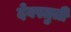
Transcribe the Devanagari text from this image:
देवस्तुती